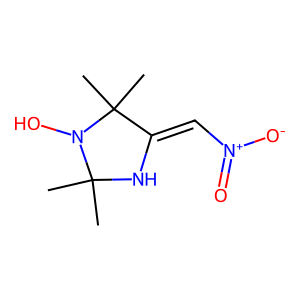
SMILES: CC1(C)NC(=C[N+](=O)[O-])C(C)(C)N1O
Inhibits HIV replication: No